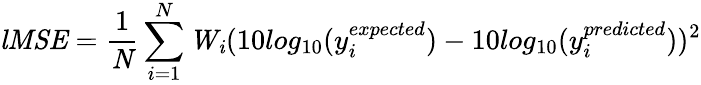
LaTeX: \mathit{lMSE}=\frac{1}{\mathit{N}}\sum_{i=1}^{N}\mathit{W_{i}}(10log_{10}(y_{i}^{expected})-10log_{10}(y_{i}^{predicted}))^{2}